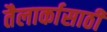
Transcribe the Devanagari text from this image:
तैलार्कासाठी